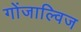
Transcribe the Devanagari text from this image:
गोंजाल्विज